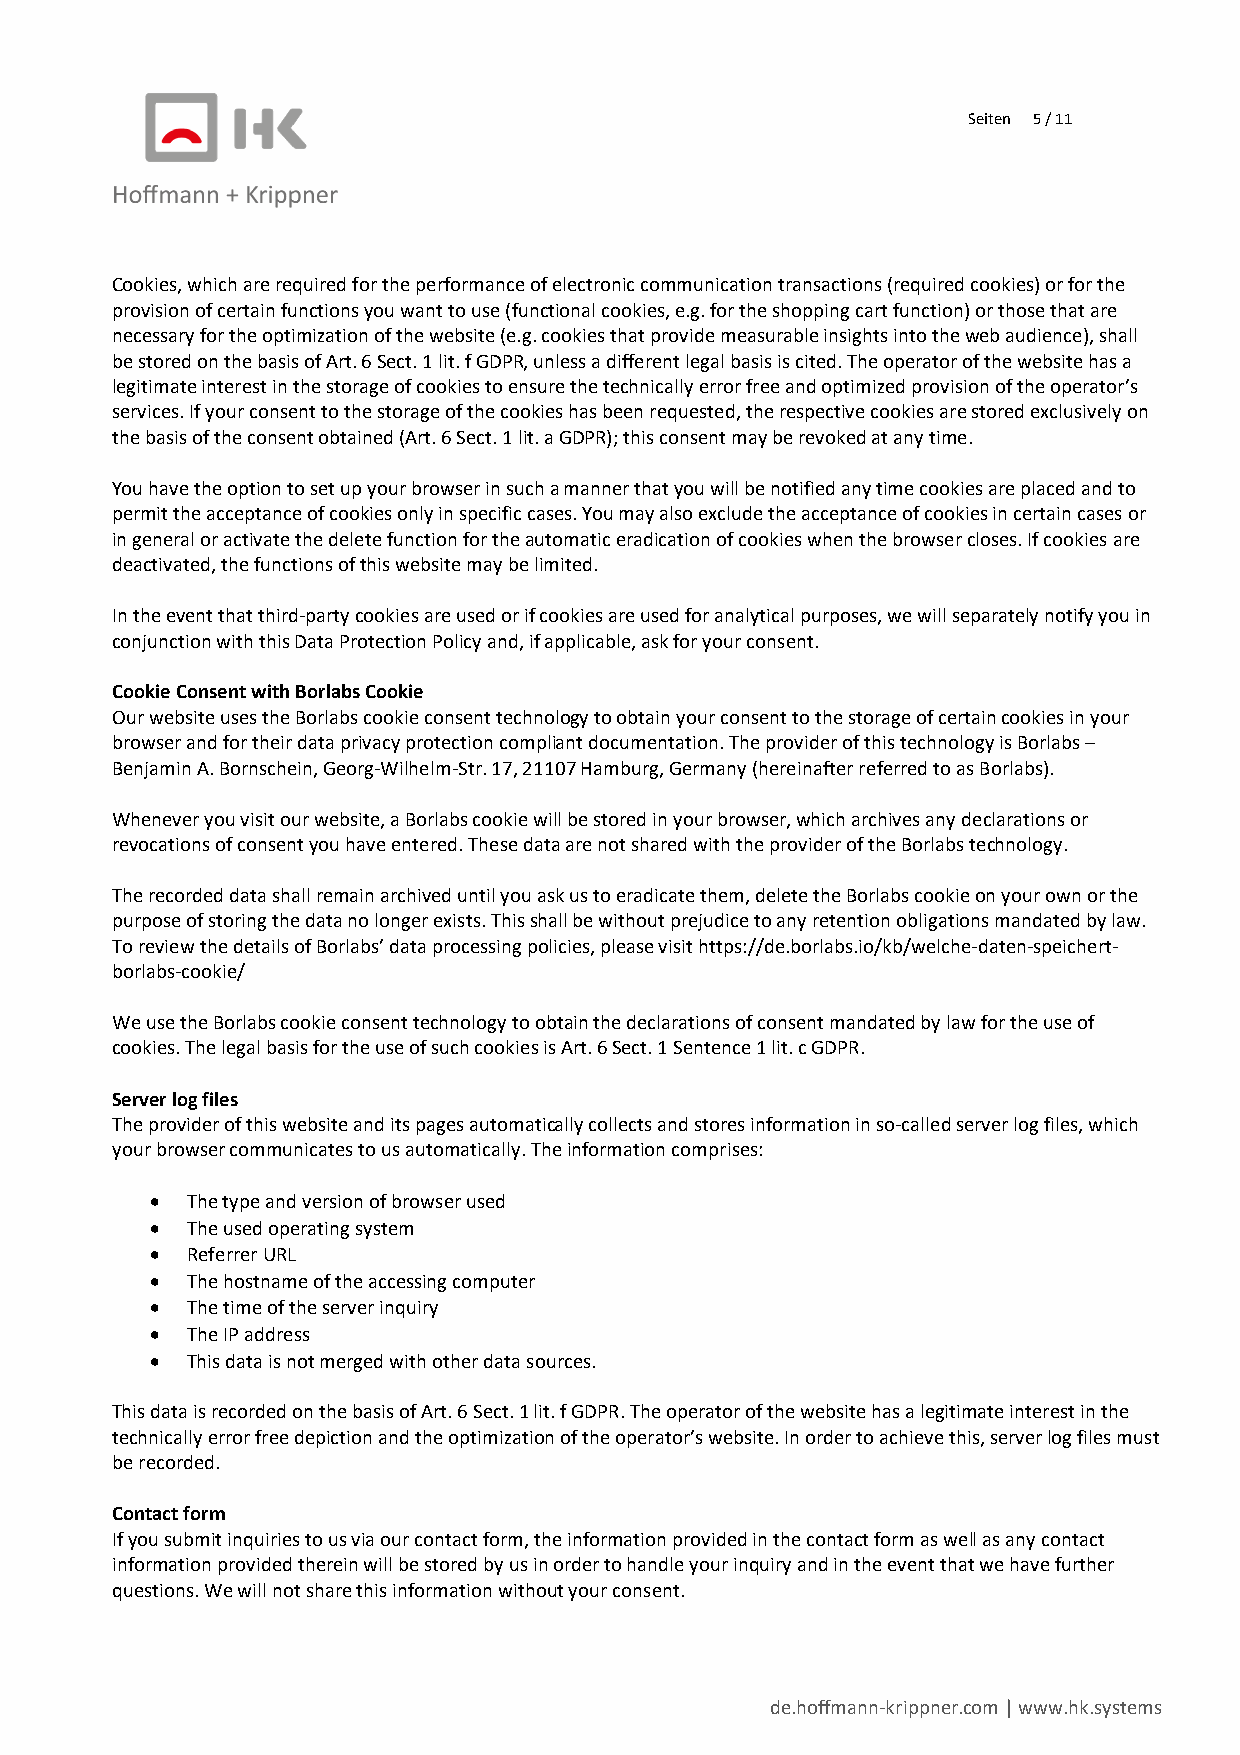
Seiten 5 / 11
 Cookies, which are required for the performance of electronic communication transactions (required cookies) or for the
 provision of certain functions you want to use (functional cookies, e.g. for the shopping cart function) or those that are
 necessary for the optimization of the website (e.g. cookies that provide measurable insights into the web audience), shall
 be stored on the basis of Art. 6 Sect. 1 lit. f GDPR, unless a different legal basis is cited. The operator of the website has a
 legitimate interest in the storage of cookies to ensure the technically error free and optimized provision of the operator’s
 services. If your consent to the storage of the cookies has been requested, the respective cookies are stored exclusively on
 the basis of the consent obtained (Art. 6 Sect. 1 lit. a GDPR); this consent may be revoked at any time.
 You have the option to set up your browser in such a manner that you will be notified any time cookies are placed and to
 permit the acceptance of cookies only in specific cases. You may also exclude the acceptance of cookies in certain cases or
 in general or activate the delete function for the automatic eradication of cookies when the browser closes. If cookies are
 deactivated, the functions of this website may be limited.
 In the event that third-party cookies are used or if cookies are used for analytical purposes, we will separately notify you in
 conjunction with this Data Protection Policy and, if applicable, ask for your consent.
 Cookie Consent with Borlabs Cookie
 Our website uses the Borlabs cookie consent technology to obtain your consent to the storage of certain cookies in your
 browser and for their data privacy protection compliant documentation. The provider of this technology is Borlabs –
 Benjamin A. Bornschein, Georg-Wilhelm-Str. 17, 21107 Hamburg, Germany (hereinafter referred to as Borlabs).
 Whenever you visit our website, a Borlabs cookie will be stored in your browser, which archives any declarations or
 revocations of consent you have entered. These data are not shared with the provider of the Borlabs technology.
 The recorded data shall remain archived until you ask us to eradicate them, delete the Borlabs cookie on your own or the
 purpose of storing the data no longer exists. This shall be without prejudice to any retention obligations mandated by law.
 To review the details of Borlabs’ data processing policies, please visit https://de.borlabs.io/kb/welche-daten-speichert-
 borlabs-cookie/
 We use the Borlabs cookie consent technology to obtain the declarations of consent mandated by law for the use of
 cookies. The legal basis for the use of such cookies is Art. 6 Sect. 1 Sentence 1 lit. c GDPR.
 Server log files
 The provider of this website and its pages automatically collects and stores information in so-called server log files, which
 your browser communicates to us automatically. The information comprises:
  The type and version of browser used
  The used operating system
  Referrer URL
  The hostname of the accessing computer
  The time of the server inquiry
  The IP address
  This data is not merged with other data sources.
 This data is recorded on the basis of Art. 6 Sect. 1 lit. f GDPR. The operator of the website has a legitimate interest in the
 technically error free depiction and the optimization of the operator’s website. In order to achieve this, server log files must
 be recorded.
 Contact form
 If you submit inquiries to us via our contact form, the information provided in the contact form as well as any contact
 information provided therein will be stored by us in order to handle your inquiry and in the event that we have further
 questions. We will not share this information without your consent.
 de.hoffmann-krippner.com | www.hk.systems